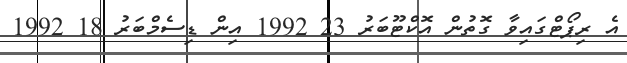
އެ ރިޕޯޓްގައިވާ ގޮތުން އޮކްޓޫބަރު 23 1992 އިން ޑިސެމްބަރު 18 1992